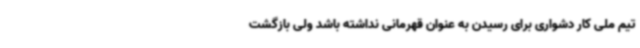
تیم ملی کار دشواری برای رسیدن به‌ عنوان قهرمانی نداشته باشد ولی بازگشت